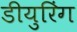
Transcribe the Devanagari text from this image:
डीयुरिंग